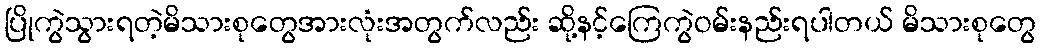
ပြိုကွဲသွားရတဲ့မိသားစုတွေအားလုံးအတွက်လည်း ဆို့နင့်ကြေကွဲဝမ်းနည်းရပါတယ် မိသားစုတွေ